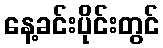
နေ့ခင်းပိုင်းတွင်